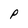
Character: P